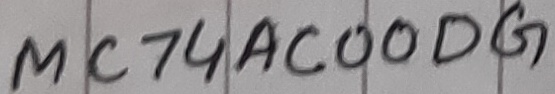
Text: MC74AC00DG